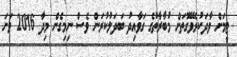
ޓީމަށް ވާދަކުރެވޭގޮތަށް މުބާރާތުގެ ގަވާއިދު ބަދަލުކުރަން ވެސް ނިމިގެން މިދާ 2016 ވަނަ